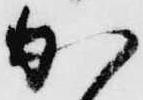
か